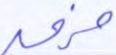
خرق